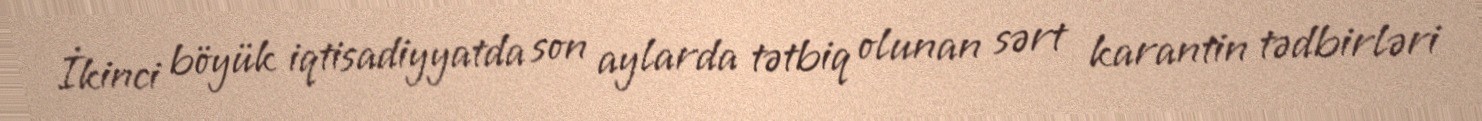
İkinci böyük iqtisadiyyatda son aylarda tətbiq olunan sərt karantin tədbirləri